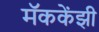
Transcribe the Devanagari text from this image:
मॅककेंझी